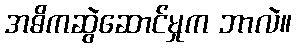
အဓိကဆွဲဆောင်မှုက ဘာလဲ။